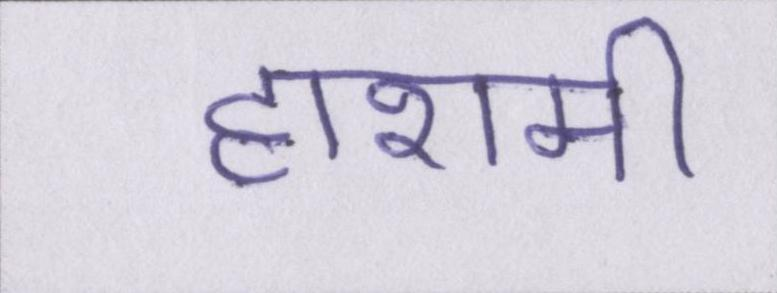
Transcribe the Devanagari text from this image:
हाशमी